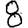
Digit: 8